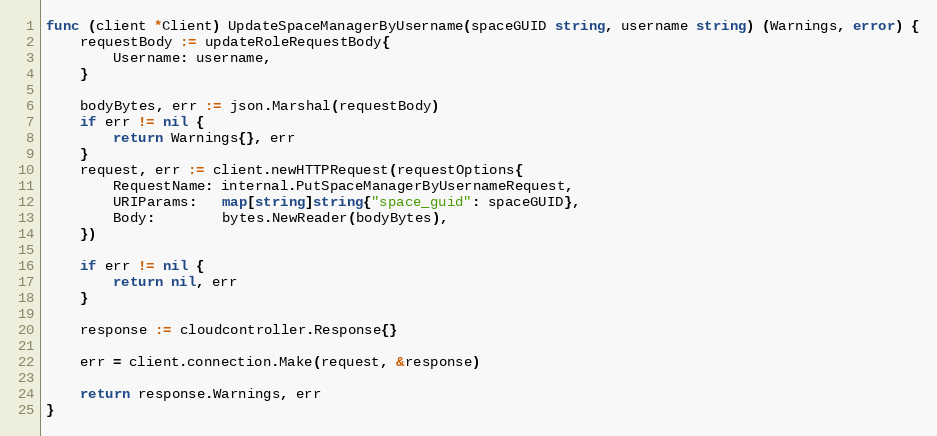
Language: Go
func (client *Client) UpdateSpaceManagerByUsername(spaceGUID string, username string) (Warnings, error) {
	requestBody := updateRoleRequestBody{
		Username: username,
	}

	bodyBytes, err := json.Marshal(requestBody)
	if err != nil {
		return Warnings{}, err
	}
	request, err := client.newHTTPRequest(requestOptions{
		RequestName: internal.PutSpaceManagerByUsernameRequest,
		URIParams:   map[string]string{"space_guid": spaceGUID},
		Body:        bytes.NewReader(bodyBytes),
	})

	if err != nil {
		return nil, err
	}

	response := cloudcontroller.Response{}

	err = client.connection.Make(request, &response)

	return response.Warnings, err
}